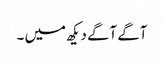
آگے آگے دیکھ میں ۔